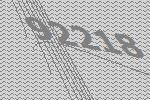
92218